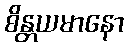
စိန္တယမာနော